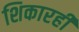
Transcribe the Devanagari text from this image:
शिकारही